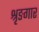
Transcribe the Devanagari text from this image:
श्रृङगार